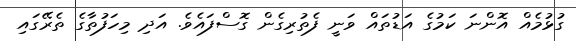
ގުޅުމެއް އޮންނަ ކަމުގެ އަޑުތައް ވަނީ ފެތުރިގެން ގޮސްފައެވެ. އަދި މިހަފުތާގެ ތެރޭގައިި